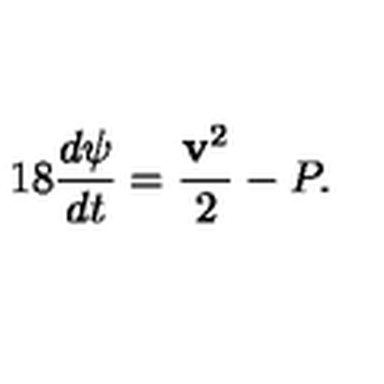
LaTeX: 1 8 { \frac { d \psi } { d t } } = { \frac { { \bf v } ^ { 2 } } { 2 } } - P .